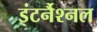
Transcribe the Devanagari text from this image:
इंटर्नैश्नल